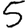
Digit: 5